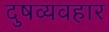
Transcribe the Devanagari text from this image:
दुषव्यवहार